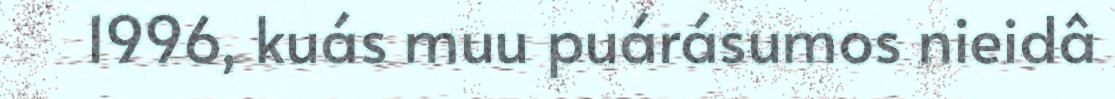
1996, kuás muu puárásumos nieidâ